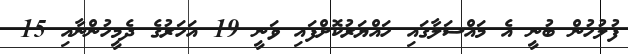
ފުލުހުން ބުނީ އެ މައްސަލާގައި ހައްޔަރުކޮށްފައި ވަނީ 19 އަހަރުގެ ދެމީހުންނާއި 15